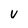
Character: v